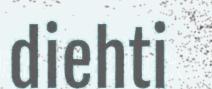
diehti